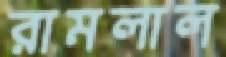
রামলাল